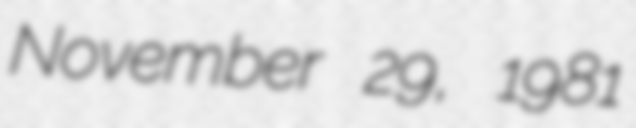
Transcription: November 29, 1981